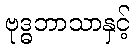
ဗုဒ္ဓဘာသာနှင့်